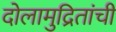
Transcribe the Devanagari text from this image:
दोलामुद्रितांची